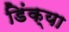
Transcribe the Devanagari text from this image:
डिंक्या